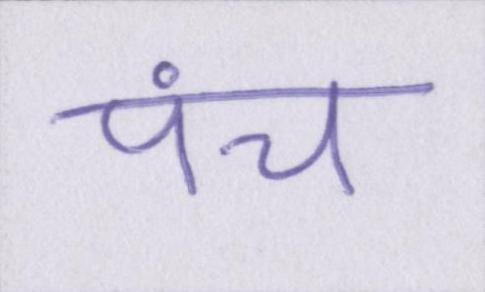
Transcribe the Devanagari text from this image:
पंच